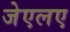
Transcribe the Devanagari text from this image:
जेएलए